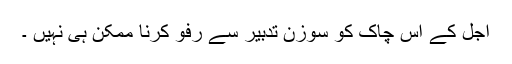
اجل کے اس چاک کو سوزن تدبیر سے رفو کرنا ممکن ہی نہیں ۔